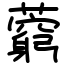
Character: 藭